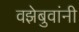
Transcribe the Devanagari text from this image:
वझेबुवांनी